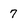
Character: 7